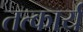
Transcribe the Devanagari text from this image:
तत्कार्य